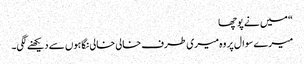
“ میں نے پوچھا
میرے سوال پر وہ میری طرف خالی خالی نگاہوں سے دیکھنے لگی۔